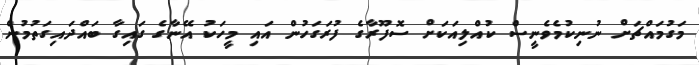
މަގުމައްޗަށް ނުނިކުމެވެނީސް ކުއްލިއަކަށް ސޮފޫރާގެ ފުރަގަހުން އައި މީހަކު އޭނާގެ ގައިގާ ބައްދައިގަތުމުން